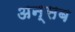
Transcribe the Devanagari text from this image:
अन्सब